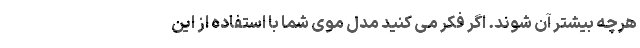
هرچه بیشتر آن شوند. اگر فکر می کنید مدل موی شما با استفاده از این